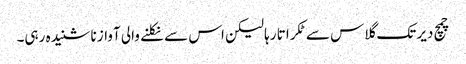
چمچ دیر تک گلاس سے ٹکراتا رہا لیکن اس سے نکلنے والی آواز نا شنیدہ رہی۔